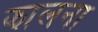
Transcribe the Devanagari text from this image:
झालना